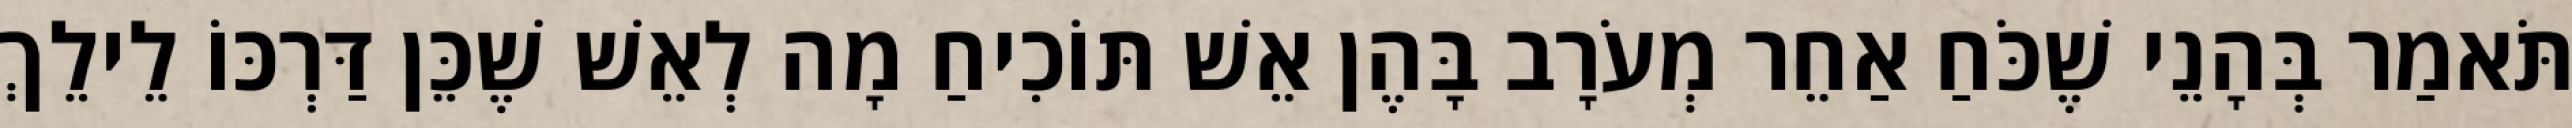
תֹּאמַר בְּהָנֵי שֶׁכֹּחַ אַחֵר מְעֹרָב בָּהֶן אֵשׁ תּוֹכִיחַ מָה לְאֵשׁ שֶׁכֵּן דַּרְכּוֹ לֵילֵךְ